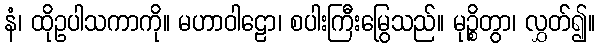
နံ၊ ထိုဥပါသကာကို။ မဟာဝါဠော၊ စပါးကြီးမြွေသည်။ မုဉ္စိတွာ၊ လွှတ်၍။